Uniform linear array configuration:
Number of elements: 64
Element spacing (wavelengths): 0.25
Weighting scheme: uniform
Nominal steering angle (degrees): -60
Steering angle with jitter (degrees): -61.688
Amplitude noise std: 0.05
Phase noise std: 0.05

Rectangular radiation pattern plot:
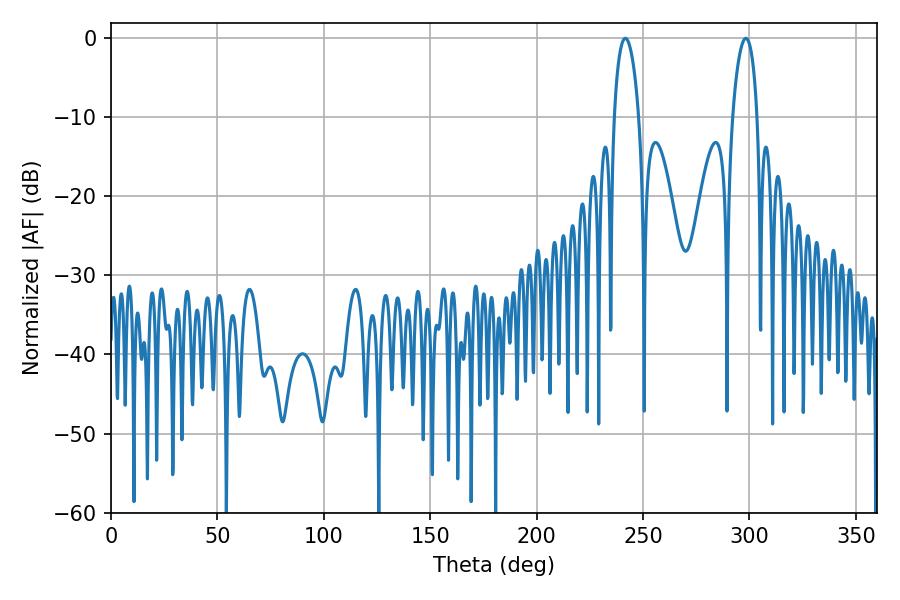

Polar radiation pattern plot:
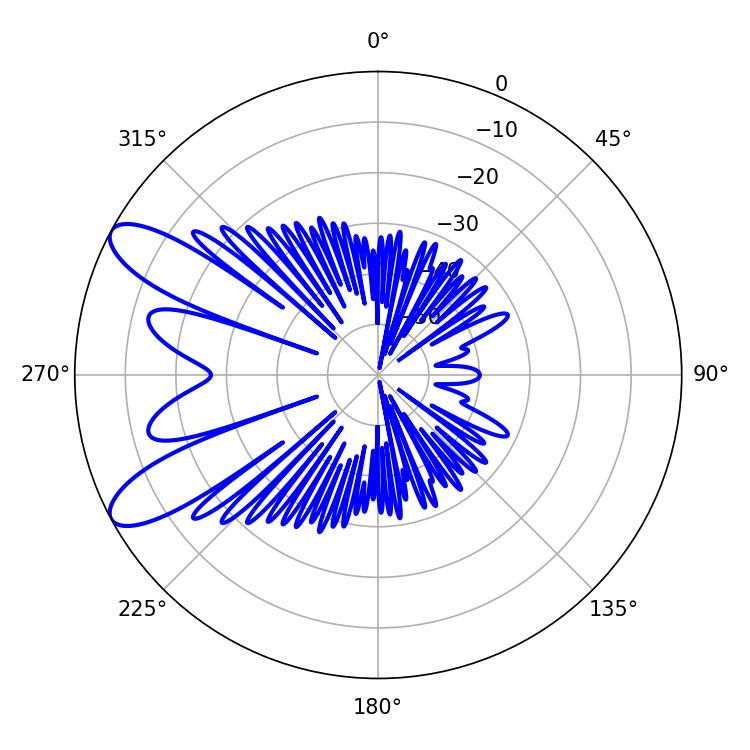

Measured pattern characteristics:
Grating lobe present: FALSE
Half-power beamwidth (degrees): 6.66
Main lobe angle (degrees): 298.26